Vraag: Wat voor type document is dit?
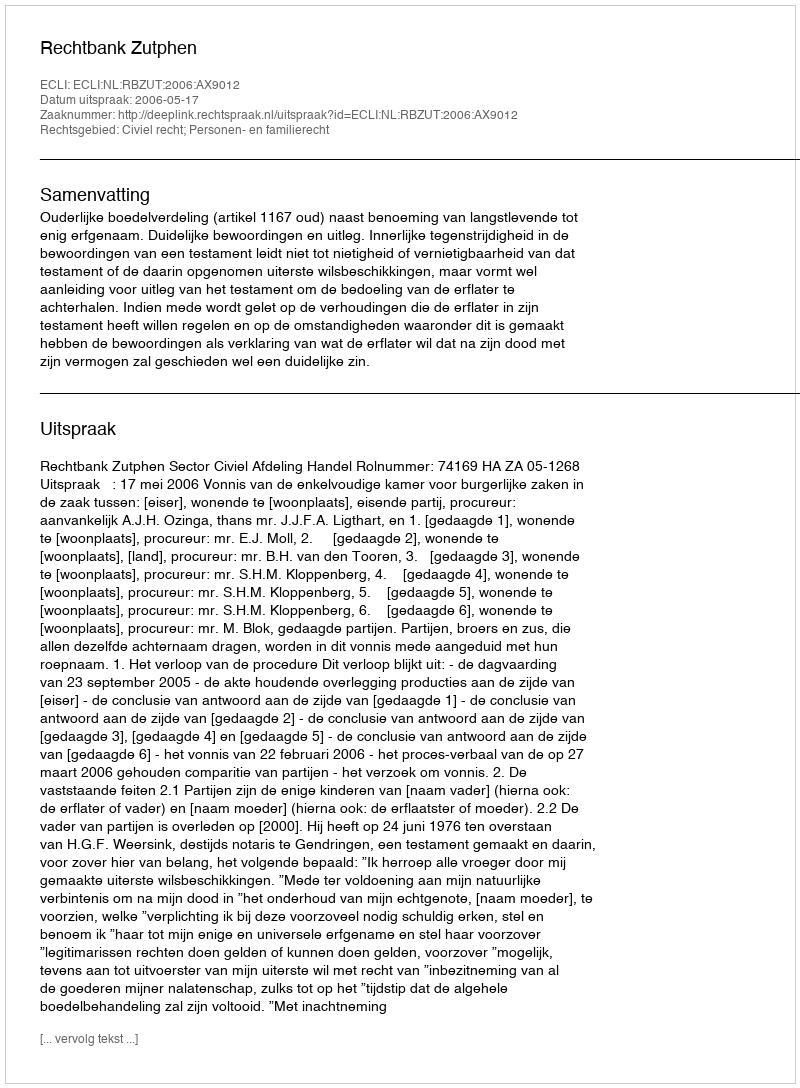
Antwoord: Uitspraak